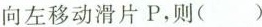
向左移动滑片P，则( )